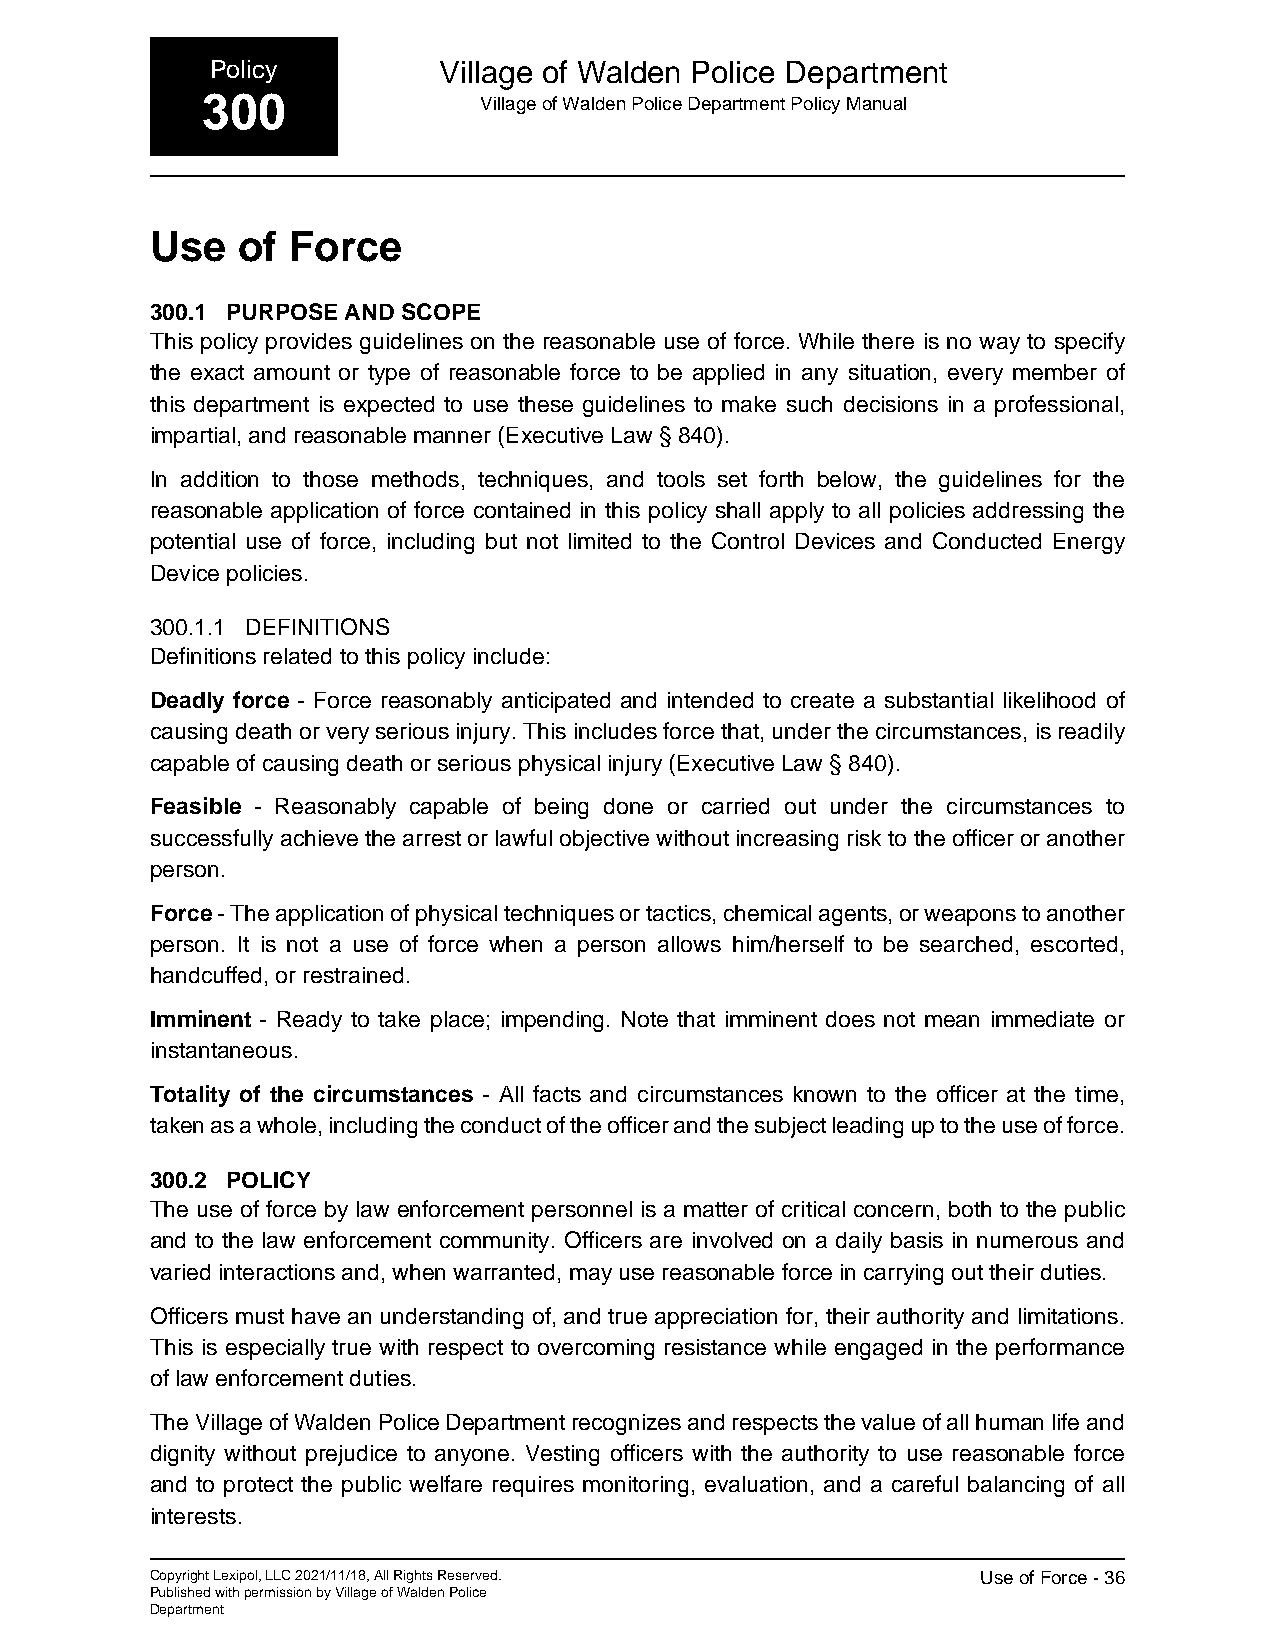
Policy         Village of Walden Police Department
 300                Village of Walden Police Department Policy Manual
 Use   of Force
 300.1 PURPOSE AND SCOPE
 This policy provides guidelines on the reasonable use of force. While there is no way to specify
 the exact amount or type of reasonable force to be applied in any situation, every member of
 this department is expected to use these guidelines to make such decisions in a professional,
 impartial, and reasonable manner (Executive Law § 840).
 In addition to those methods, techniques, and tools set forth below, the guidelines for the
 reasonable application of force contained in this policy shall apply to all policies addressing the
 potential use of force, including but not limited to the Control Devices and Conducted Energy
 Device policies.
 300.1.1 DEFINITIONS
 Definitions related to this policy include:
 Deadly force - Force reasonably anticipated and intended to create a substantial likelihood of
 causing death or very serious injury. This includes force that, under the circumstances, is readily
 capable of causing death or serious physical injury (Executive Law § 840).
 Feasible - Reasonably capable of being done or carried out under the circumstances to
 successfully achieve the arrest or lawful objective without increasing risk to the officer or another
 person.
 Force - The application of physical techniques or tactics, chemical agents, or weapons to another
 person. It is not a use of force when a person allows him/herself to be searched, escorted,
 handcuffed, or restrained.
 Imminent - Ready to take place; impending. Note that imminent does not mean immediate or
 instantaneous.
 Totality of the circumstances - All facts and circumstances known to the officer at the time,
 taken as a whole, including the conduct of the officer and the subject leading up to the use of force.
 300.2 POLICY
 The use of force by law enforcement personnel is a matter of critical concern, both to the public
 and to the law enforcement community. Officers are involved on a daily basis in numerous and
 varied interactions and, when warranted, may use reasonable force in carrying out their duties.
 Officers must have an understanding of, and true appreciation for, their authority and limitations.
 This is especially true with respect to overcoming resistance while engaged in the performance
 of law enforcement duties.
 The Village of Walden Police Department recognizes and respects the value of all human life and
 dignity without prejudice to anyone. Vesting officers with the authority to use reasonable force
 and to protect the public welfare requires monitoring, evaluation, and a careful balancing of all
 interests.
 Copyright Lexipol, LLC 2021/11/18, All Rights Reserved. Use of Force - 36
 Published with permission by Village of Walden Police
 Department